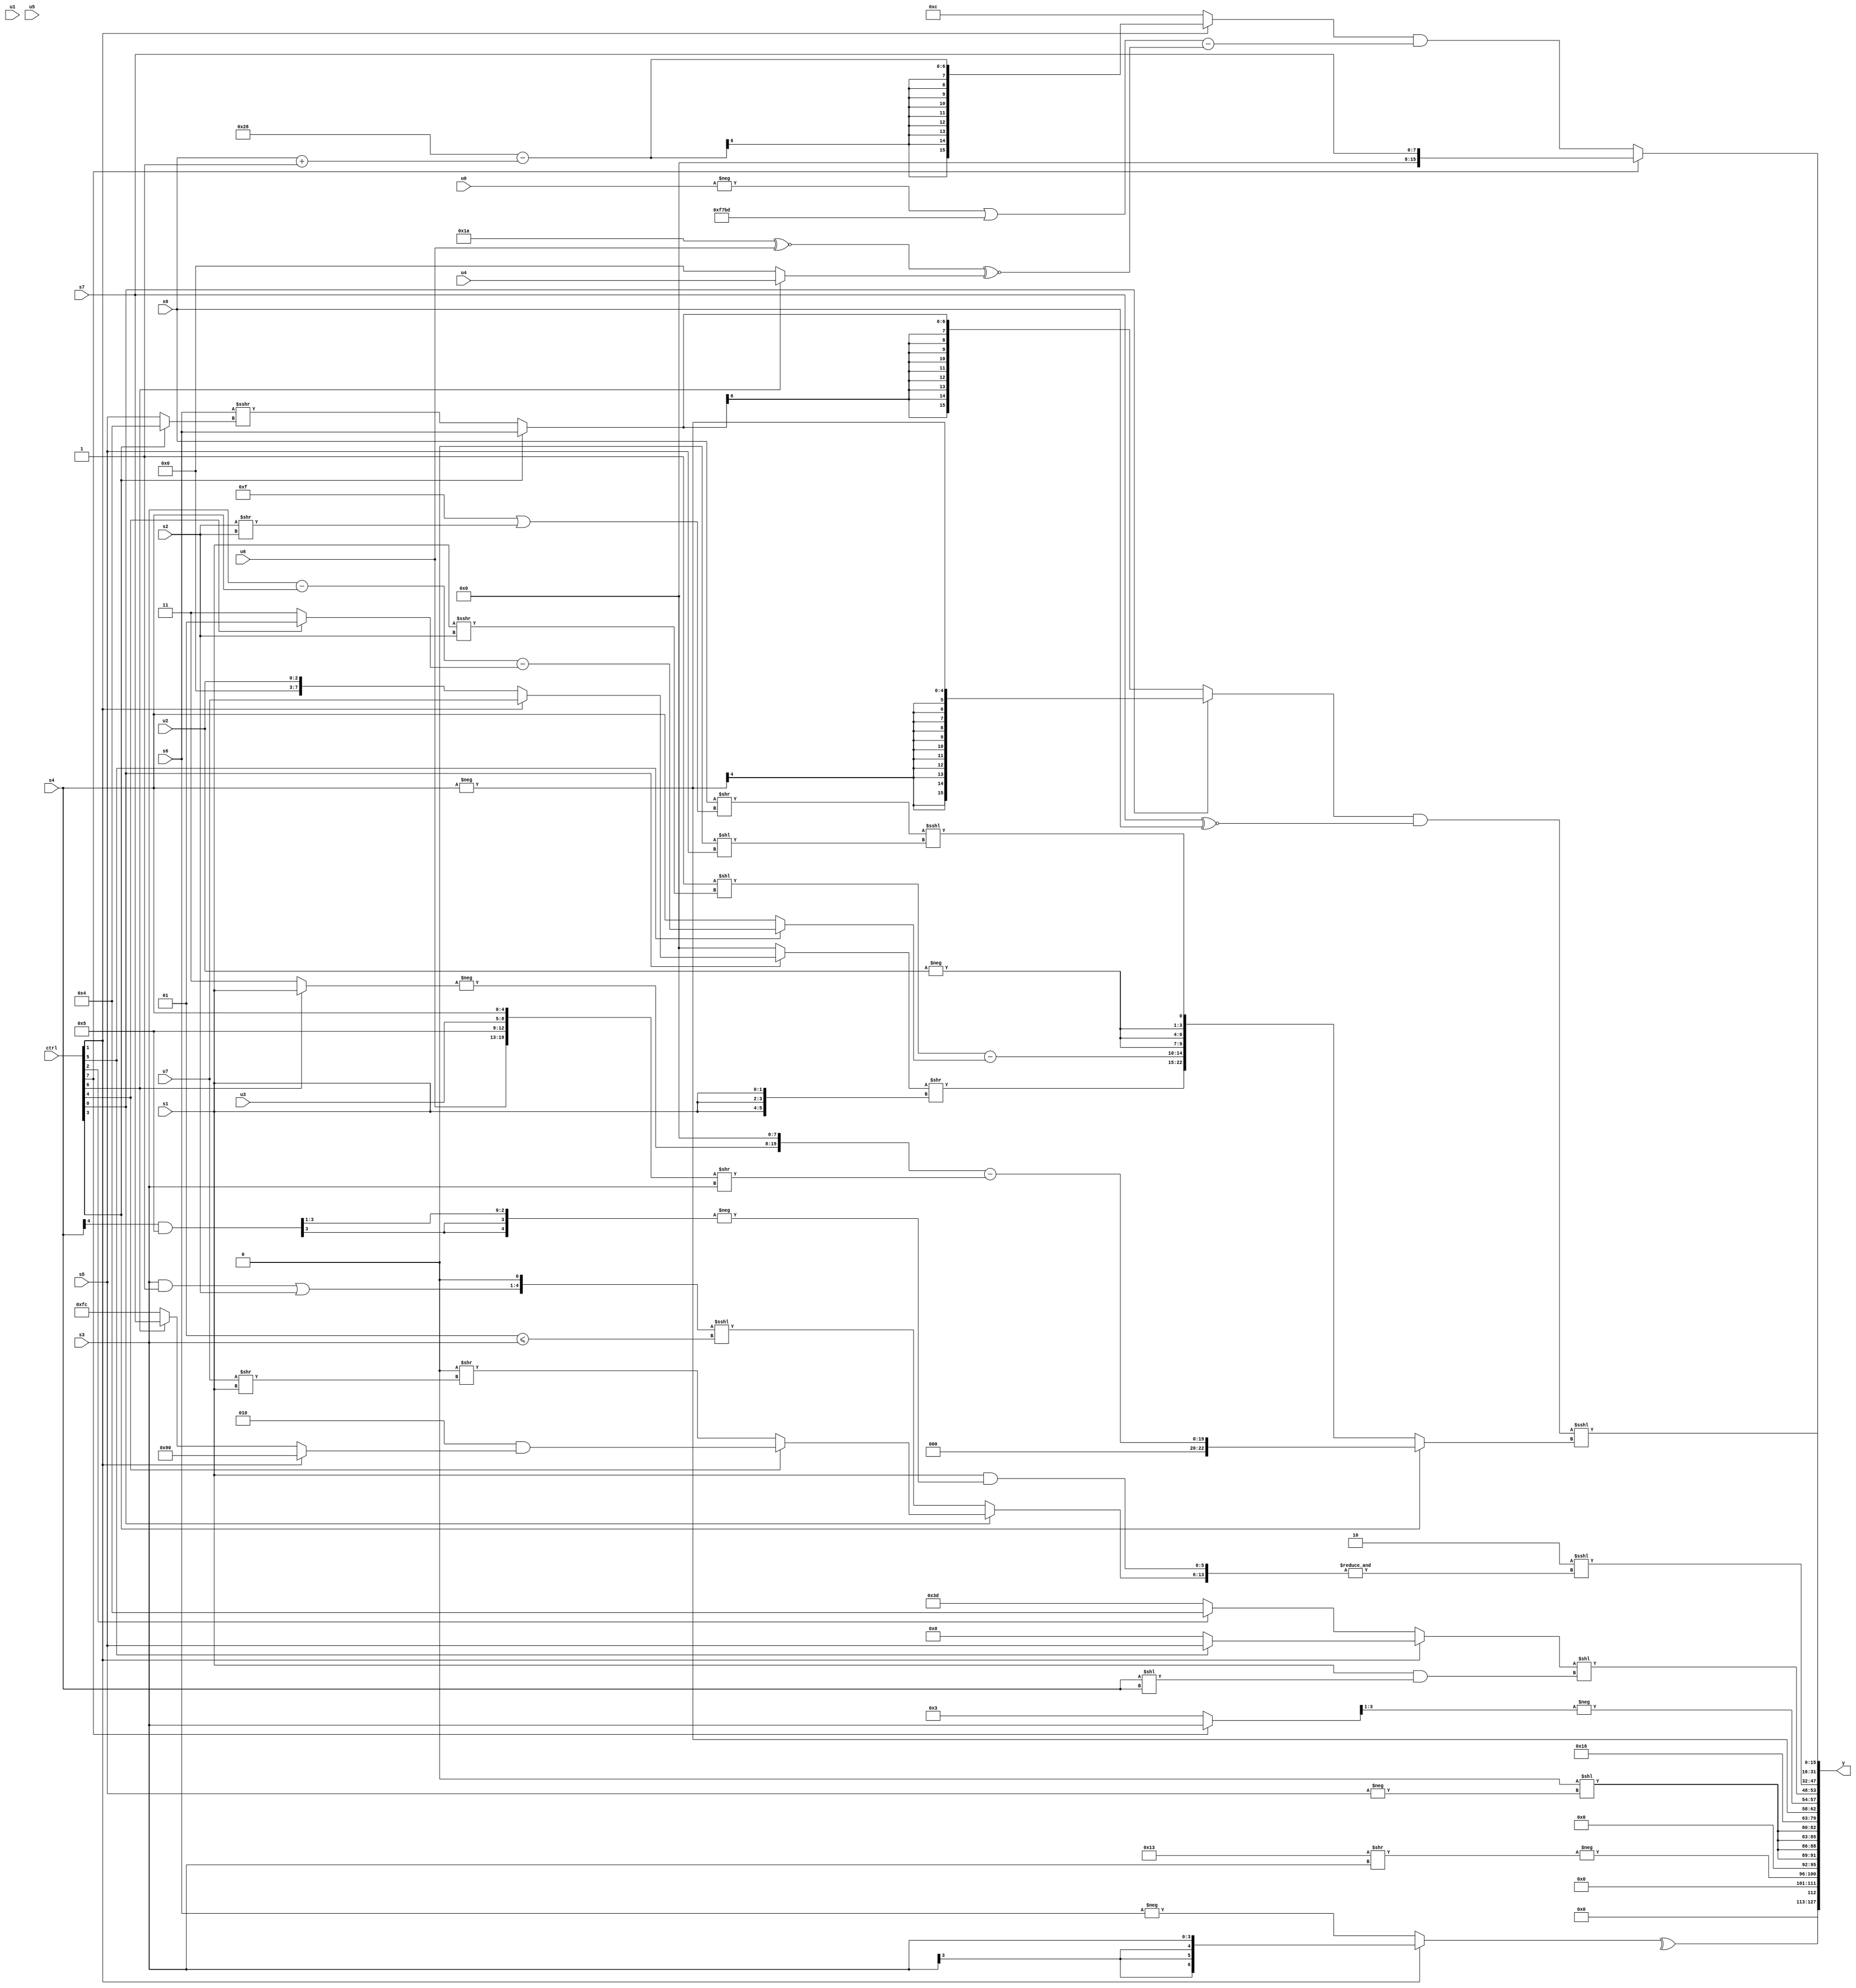
module wideexpr_00843(ctrl, u0, u1, u2, u3, u4, u5, u6, u7, s0, s1, s2, s3, s4, s5, s6, s7, y);
  input [7:0] ctrl;
  input [0:0] u0;
  input [1:0] u1;
  input [2:0] u2;
  input [3:0] u3;
  input [4:0] u4;
  input [5:0] u5;
  input [6:0] u6;
  input [7:0] u7;
  input signed [0:0] s0;
  input signed [1:0] s1;
  input signed [2:0] s2;
  input signed [3:0] s3;
  input signed [4:0] s4;
  input signed [5:0] s5;
  input signed [6:0] s6;
  input signed [7:0] s7;
  output [127:0] y;
  wire [15:0] y0;
  wire [15:0] y1;
  wire [15:0] y2;
  wire [15:0] y3;
  wire [15:0] y4;
  wire [15:0] y5;
  wire [15:0] y6;
  wire [15:0] y7;
  assign y = {y0,y1,y2,y3,y4,y5,y6,y7};
  assign y0 = ^((ctrl[1]?s3:-(s6)));
  assign y1 = {1{-((5'b10011)>>(s3))}};
  assign y2 = {{4{(3'sb000)<<(-(s5))}}};
  assign y3 = 5'sb01011;
  assign y4 = {-({$unsigned($signed(s4))}),-(((ctrl[7]?s3:+(3'sb011)))>>>(2'sb01)),+(((ctrl[1]?(ctrl[5]?s5:3'sb000):(ctrl[2]?6'sb000100:3'sb101)))<<(($signed(s1))&((s4)<<(s4))))};
  assign y5 = (4'b0010)<<<(&({$unsigned((ctrl[0]?(ctrl[4]?(4'sb0010)&((ctrl[1]?(5'sb10010)<<<(2'b11):(ctrl[6]?s7:5'sb11100))):($signed(2'sb00))>>($signed((u7)>>(s1)))):((((s3)&(1'sb1))|(s2))<<<(1'sb1))<<<((+(-(6'sb111111)))<=(s3)))),($signed(s1))&(-($signed((((s4)>>>(5'sb10100))&(6'sb000101))>>(1'sb1))))}));
  assign y6 = (ctrl[7]?s7:((ctrl[1]?(6'sb101000)-(($signed(s0))+($signed(4'sb0001))):4'sb1100))&(((-($unsigned(u0)))|($signed({4{5'sb11101}})))-($signed(((5'b11010)^~(u6))^~((ctrl[6]?u4:1'b0))))));
  assign y7 = (((ctrl[0]?$signed(($signed(-(s4)))>>>(($unsigned(s4))>>>($signed(6'sb101010)))):$signed((ctrl[3]?s6:(+(s6))>>>((ctrl[3]?4'sb0100:s5))))))&($signed((+((s7)>>(1'b0)))^~($unsigned(s0)))))<<<((ctrl[3]?{((-((ctrl[6]?s1:2'sb11)))<<<(4'b1000))-((+({u6,4'sb0101,u3,s4}))>>(+(s3)))}:{((ctrl[0]?+((ctrl[1]?u7:u2)):(5'sb00000)-(1'sb0)))>>({3{{1{s1}}}}),(((1'sb1)<<((s1)>>>(s2)))>>((-(4'sb0010))<<<((4'sb1010)&(2'sb10))))-((ctrl[5]?((s3)-(s4))-((ctrl[4]?2'sb01:1'sb1)):s4)),({3{-($signed(u2))}})<<(5'sb00000),(($signed(s0))>>((5'sb01111)|((s2)>>(s2))))<<<((((1'sb0)<<<(2'b10))<<(s5))>>($signed((1'sb0)>=(5'sb00101))))}));
endmodule